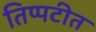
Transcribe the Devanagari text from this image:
तिप्पटीत